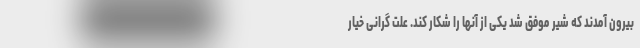
بیرون آمدند که شیر موفق شد یکی از آنها را شکار کند. علت گرانی خیار